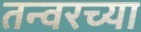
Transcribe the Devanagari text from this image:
तन्वरच्या